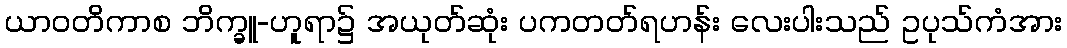
ယာဝတိကာစ ဘိက္ခူ-ဟူရာ၌ အယုတ်ဆုံး ပကတတ်ရဟန်း လေးပါးသည် ဥပုသ်ကံအား